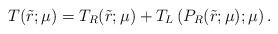
LaTeX: \begin{align*}T(\tilde{r};\mu) = T_R(\tilde{r};\mu) + T_L \left( P_R(\tilde{r};\mu); \mu \right).\end{align*}